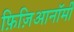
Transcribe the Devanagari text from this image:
फ़िज़िआनॉमी